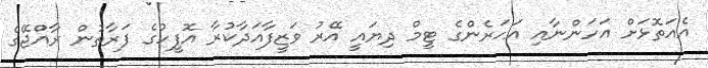
އެއަތޮޅަށް އަހަންނާއި އަހަރެންގެ ޓީމް ދިޔައީ އޭރު ވަޒީފާއަދާކުރާ އޮފީހުގެ ފަރާތުން ރާއްޖޭގެ